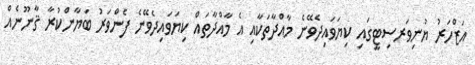
އަޒްހަރު ޔުނިވަރސިޓީގައި ކިޔަވައިދެވޭނެ މާއްދާތަކާއި އެ މާއްދާތައް ކިޔަވައިދެވޭނެ ފެންވަރު ބަޔާންކުރާ ޤާނޫނެއް